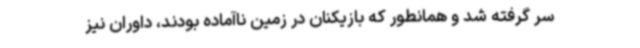
سر گرفته شد و همانطور که بازیکنان در زمین ناآماده بودند، داوران نیز